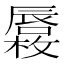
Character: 𱕓